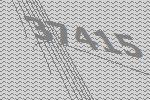
37415